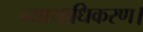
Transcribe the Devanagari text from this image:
न्यायाधिकरण।